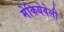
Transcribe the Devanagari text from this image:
मेकियेवेली